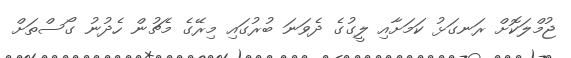
ޖުމްލަކޮށް ރަނގަޅު ކަމަށާއި ލީގުގެ ދެވަނަ ބުރުގައި މިރޭގެ މެޗުން ހެދުނު ގޯސްތަށް